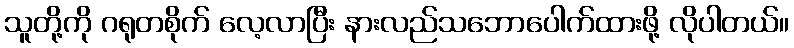
သူတို့ကို ဂရုတစိုက် လေ့လာပြီး နားလည်သဘောပေါက်ထားဖို့ လိုပါတယ်။